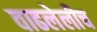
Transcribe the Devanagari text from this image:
वाढलेलीच